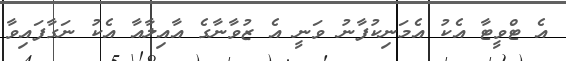
އެ ޓްވީޓާ އެކު އެމަނިކުފާނު ވަނީ އެ ޒުވާނާގެ އާއިލާއާ އެކު ނަގާފައިވާ